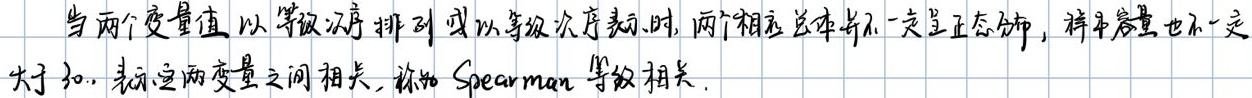
当两个变量值以等级次序排列或以等级次序表示时，两个相应总体并不一定呈正态分布，样本容量也不一定
大于30. 表示这两变量之间相关，称为Spearman等级相关.